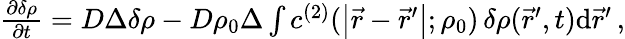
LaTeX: \begin{array}{r}{\frac{\partial\delta\rho}{\partial t}=D\Delta\delta\rho-D\rho_{0}\Delta\int c^{(2)}(\left|\vec{r}-\vec{r}^{\prime}\right|;\rho_{0})\, \delta\rho(\vec{r}^{\prime},t)\mathrm{d}\vec{r}^{\prime}\, ,}\end{array}